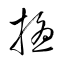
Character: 擾